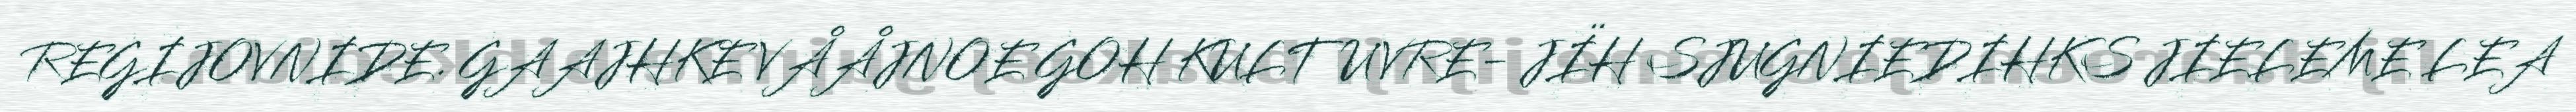
REGIJOVNIDE. GAAJHKE VÅÅJNOE GOH KULTUVRE- JÏH SJUGNIEDIHKS JIELEME LEA